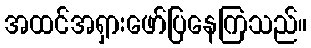
အထင်အရှားဖော်ပြနေကြသည်။